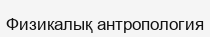
Физикалық антропология